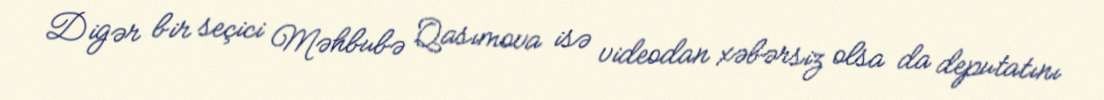
Digər bir seçici Məhbubə Qasımova isə videodan xəbərsiz olsa da deputatını